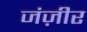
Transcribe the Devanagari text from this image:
जंज़ीर